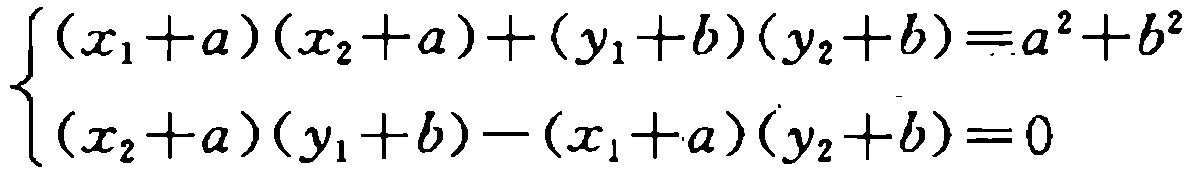
\[\begin{cases}
(x_1 + a)(x_2 + a)+(y_1 + b)(y_2 + b)=a^2 + b^2\\
(x_2 + a)(y_1 + b)-(x_1 + a)(y_2 + b)=0
\end{cases}\]